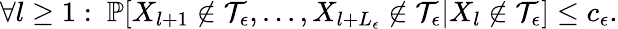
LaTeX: \forall l\ge 1:\ \mathbb{P}[X_{l+1}\notin{\mathcal T}_{\epsilon},...,X_{l+L_{\epsilon}}\notin{\mathcal T}_{\epsilon}|X_{l}\notin{\mathcal T}_{\epsilon}]\le c_{\epsilon}.